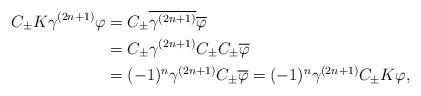
LaTeX: \begin{align*}C_\pm K \gamma^{(2n+1)}\varphi&=C_\pm\overline{\gamma^{(2n+1)}}\overline{\varphi}\\ &=C_\pm \gamma^{(2n+1)}C_\pm C_\pm \overline{\varphi}\\ &=(-1)^n\gamma^{(2n+1)}C_\pm\overline{\varphi}=(-1)^n\gamma^{(2n+1)}C_\pm K\varphi,\end{align*}